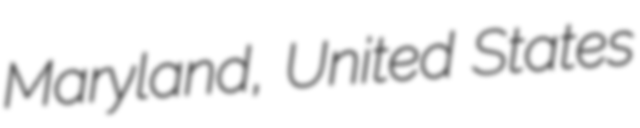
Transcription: Maryland, United States